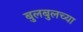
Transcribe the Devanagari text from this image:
बुलबुलच्या